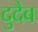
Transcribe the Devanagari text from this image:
दुदैव